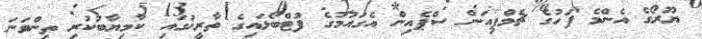
ޔޫރޯގެ އެންމެ ފަހުގެ ޗެމްޕިއަން ސްޕެއިން އެގައުމުގެ ފުޓްބޯޅައިގެ ތާރީޚުގައި ކާމިޔާބުކުރި ތިންވަނަ